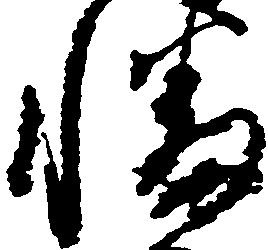
幡